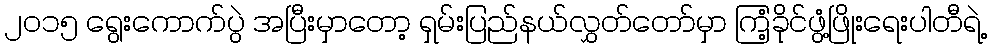
၂၀၁၅ ရွေးကောက်ပွဲ အပြီးမှာတော့ ရှမ်းပြည်နယ်လွှတ်တော်မှာ ကြံ့ခိုင်ဖွံ့ဖြိုးရေးပါတီရဲ့